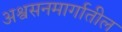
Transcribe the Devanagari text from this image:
अश्वसनमार्गातील